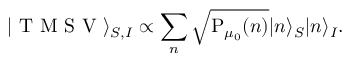
\vert \mathrm { ~ T ~ M ~ S ~ V ~ } \rangle _ { S , I } \propto \sum _ { n } \sqrt { \mathrm { P } _ { \mu _ { 0 } } ( n ) } \vert n \rangle _ { S } \vert n \rangle _ { I } .